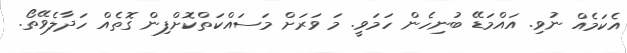
އެކަމެއް ނުވި. އައްމަޑޭ ބުނިހެން ހަމަވީ. މަ ވަރަށް މަސައްކަތްކޮށްފިން ގޮތެއް ހަދާލެވޭތޯ.